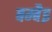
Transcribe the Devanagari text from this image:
बम्बैइ